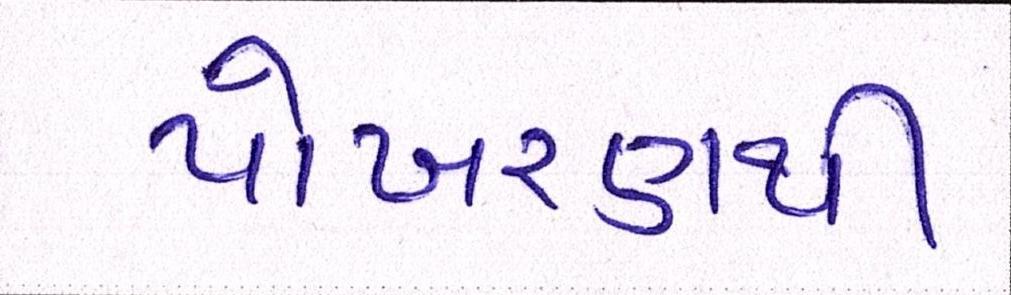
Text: પોખરણથી